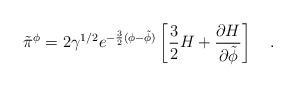
LaTeX: \begin{align*}\tilde{\pi}^{\phi}=2\gamma^{1/2}e^{-\frac{3}{2}(\phi-\tilde{\phi})}\left[ \frac{3}{2}H+\frac{\partial H}{\partial \tilde{\phi}} \right] ~~~.\end{align*}